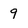
Character: 9